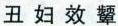
丑妇效颦